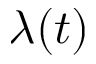
\lambda ( t )